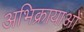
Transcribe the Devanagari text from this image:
अभिक्रायाओं